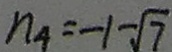
n _ { 4 } = - 1 - \sqrt { 7 }